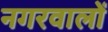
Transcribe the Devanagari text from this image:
नगरवालों